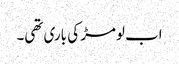
اب لومڑ کی باری تھی۔